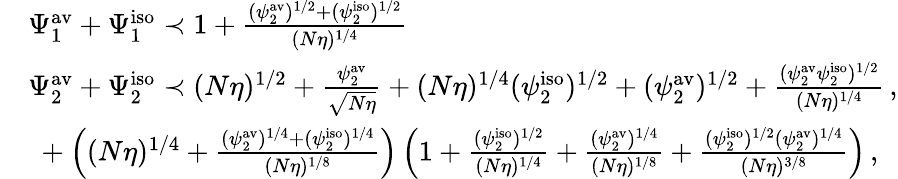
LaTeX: \begin{array}{rl}&{\Psi_{1}^{\mathrm{av}}+\Psi_{1}^{\mathrm{iso}}\prec 1+\frac{(\psi_{2}^{\mathrm{av}})^{1/2}+(\psi_{2}^{\mathrm{iso}})^{1/2}}{(N\eta)^{1/4}}}\\ &{\Psi_{2}^{\mathrm{av}}+\Psi_{2}^{\mathrm{iso}}\prec(N\eta)^{1/2}+\frac{\psi_{2}^{\mathrm{av}}}{\sqrt{N\eta}}+(N\eta)^{1/4}(\psi_{2}^{\mathrm{iso}})^{1/2}+(\psi_{2}^{\mathrm{av}})^{1/2}+\frac{(\psi_{2}^{\mathrm{av}}\psi_{2}^{\mathrm{iso}})^{1/2}}{(N\eta)^{1/4}}\, ,}\\ &{\ +\left((N\eta)^{1/4}+\frac{(\psi_{2}^{\mathrm{av}})^{1/4}+(\psi_{2}^{\mathrm{iso}})^{1/4}}{(N\eta)^{1/8}}\right)\left(1+\frac{(\psi_{2}^{\mathrm{iso}})^{1/2}}{(N\eta)^{1/4}}+\frac{(\psi_{2}^{\mathrm{av}})^{1/4}}{(N\eta)^{1/8}}+\frac{(\psi_{2}^{\mathrm{iso}})^{1/2}(\psi_{2}^{\mathrm{av}})^{1/4}}{(N\eta)^{3/8}}\right)\, ,}\end{array}